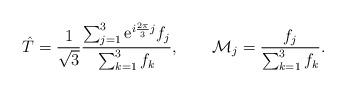
LaTeX: \begin{align*}\hat T = {1 \over \sqrt{3}}{\sum_{j=1}^3 {\rm e}^{i{2\pi \over 3}j}f_j \over \sum_{k=1}^3 f_k}, \qquad {\cal M}_j = {f_j \over \sum_{k=1}^3 f_k}. \end{align*}